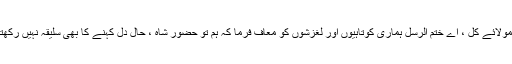
اے مولائے کلؐ ، اے خْتم الرسلؐ ہماری کوتاہیوں اور لغزشوں کو معاف فرما کہ ہم تو حضورِ شاہ ، حال دل کہنے کا بھی سلیقہ نہیں رکھتے ۔